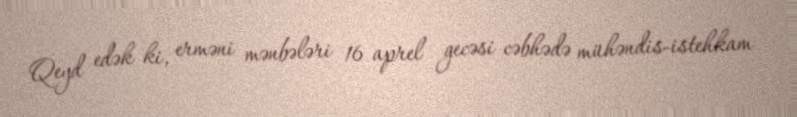
Qeyd edək ki, erməni mənbələri 16 aprel gecəsi cəbhədə mühəndis-istehkam